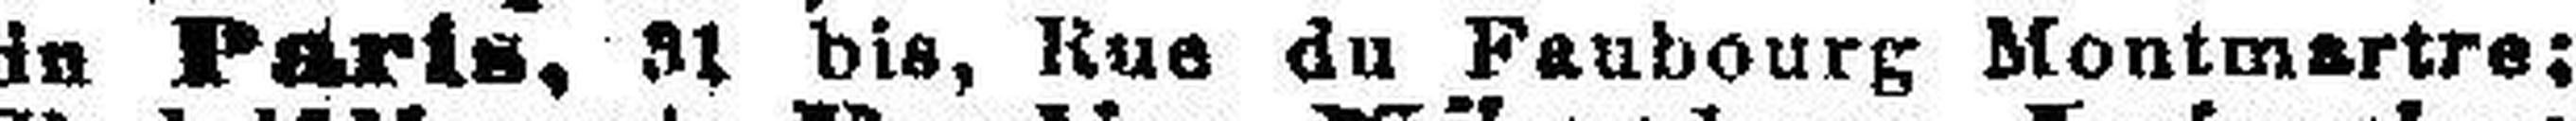
in Paris, 31 bis, Rue du Faubourg Montmartre;